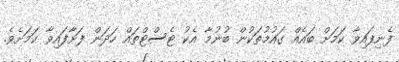
ފެނިފައިވާ ކަމަށް ބައެއް ގައުމުތަކުން ބުނުމާ އެކު ޓެސްޓްތައް ހަދަން ފަށާފައިވާ ކަމަށެވެ.